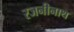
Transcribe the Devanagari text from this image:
रजनीनाथ